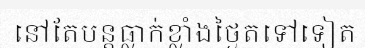
នៅតែបន្តធ្លាក់ខ្លាំងថ្ងៃតទៅទៀត